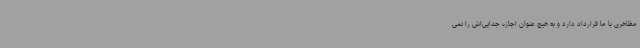
مظاهری با ما قرارداد دارد و به‌ هیچ‌ عنوان اجازه جدایی‌اش را نمی‌